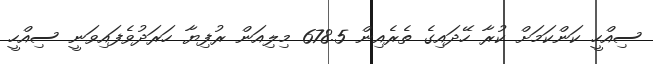
ސިއްހީ ކަންކަމަށް ކުރާ ހޭދައިގެ ތެރެއިން 678.5 މިލިއަން ރުފިޔާ ހަރަދުވެފައިވަނީ ސިއްހީ